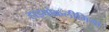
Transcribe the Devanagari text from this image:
हाइपोकलीमिया